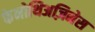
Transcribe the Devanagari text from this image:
फेनोथिअज़िनेस